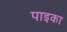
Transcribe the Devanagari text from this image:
पाइका